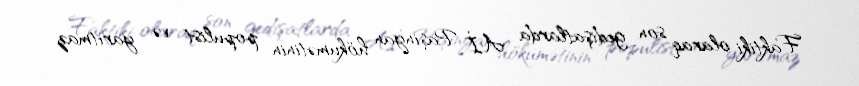
Faktiki olaraq son gedişatlarda Aİ Paşinyan hökumətinin populist və yarıtmaz